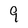
Character: 9